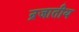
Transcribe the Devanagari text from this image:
न्रजातीय